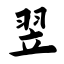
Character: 翌